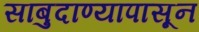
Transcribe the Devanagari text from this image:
साबुदाण्यापासून